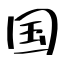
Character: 国